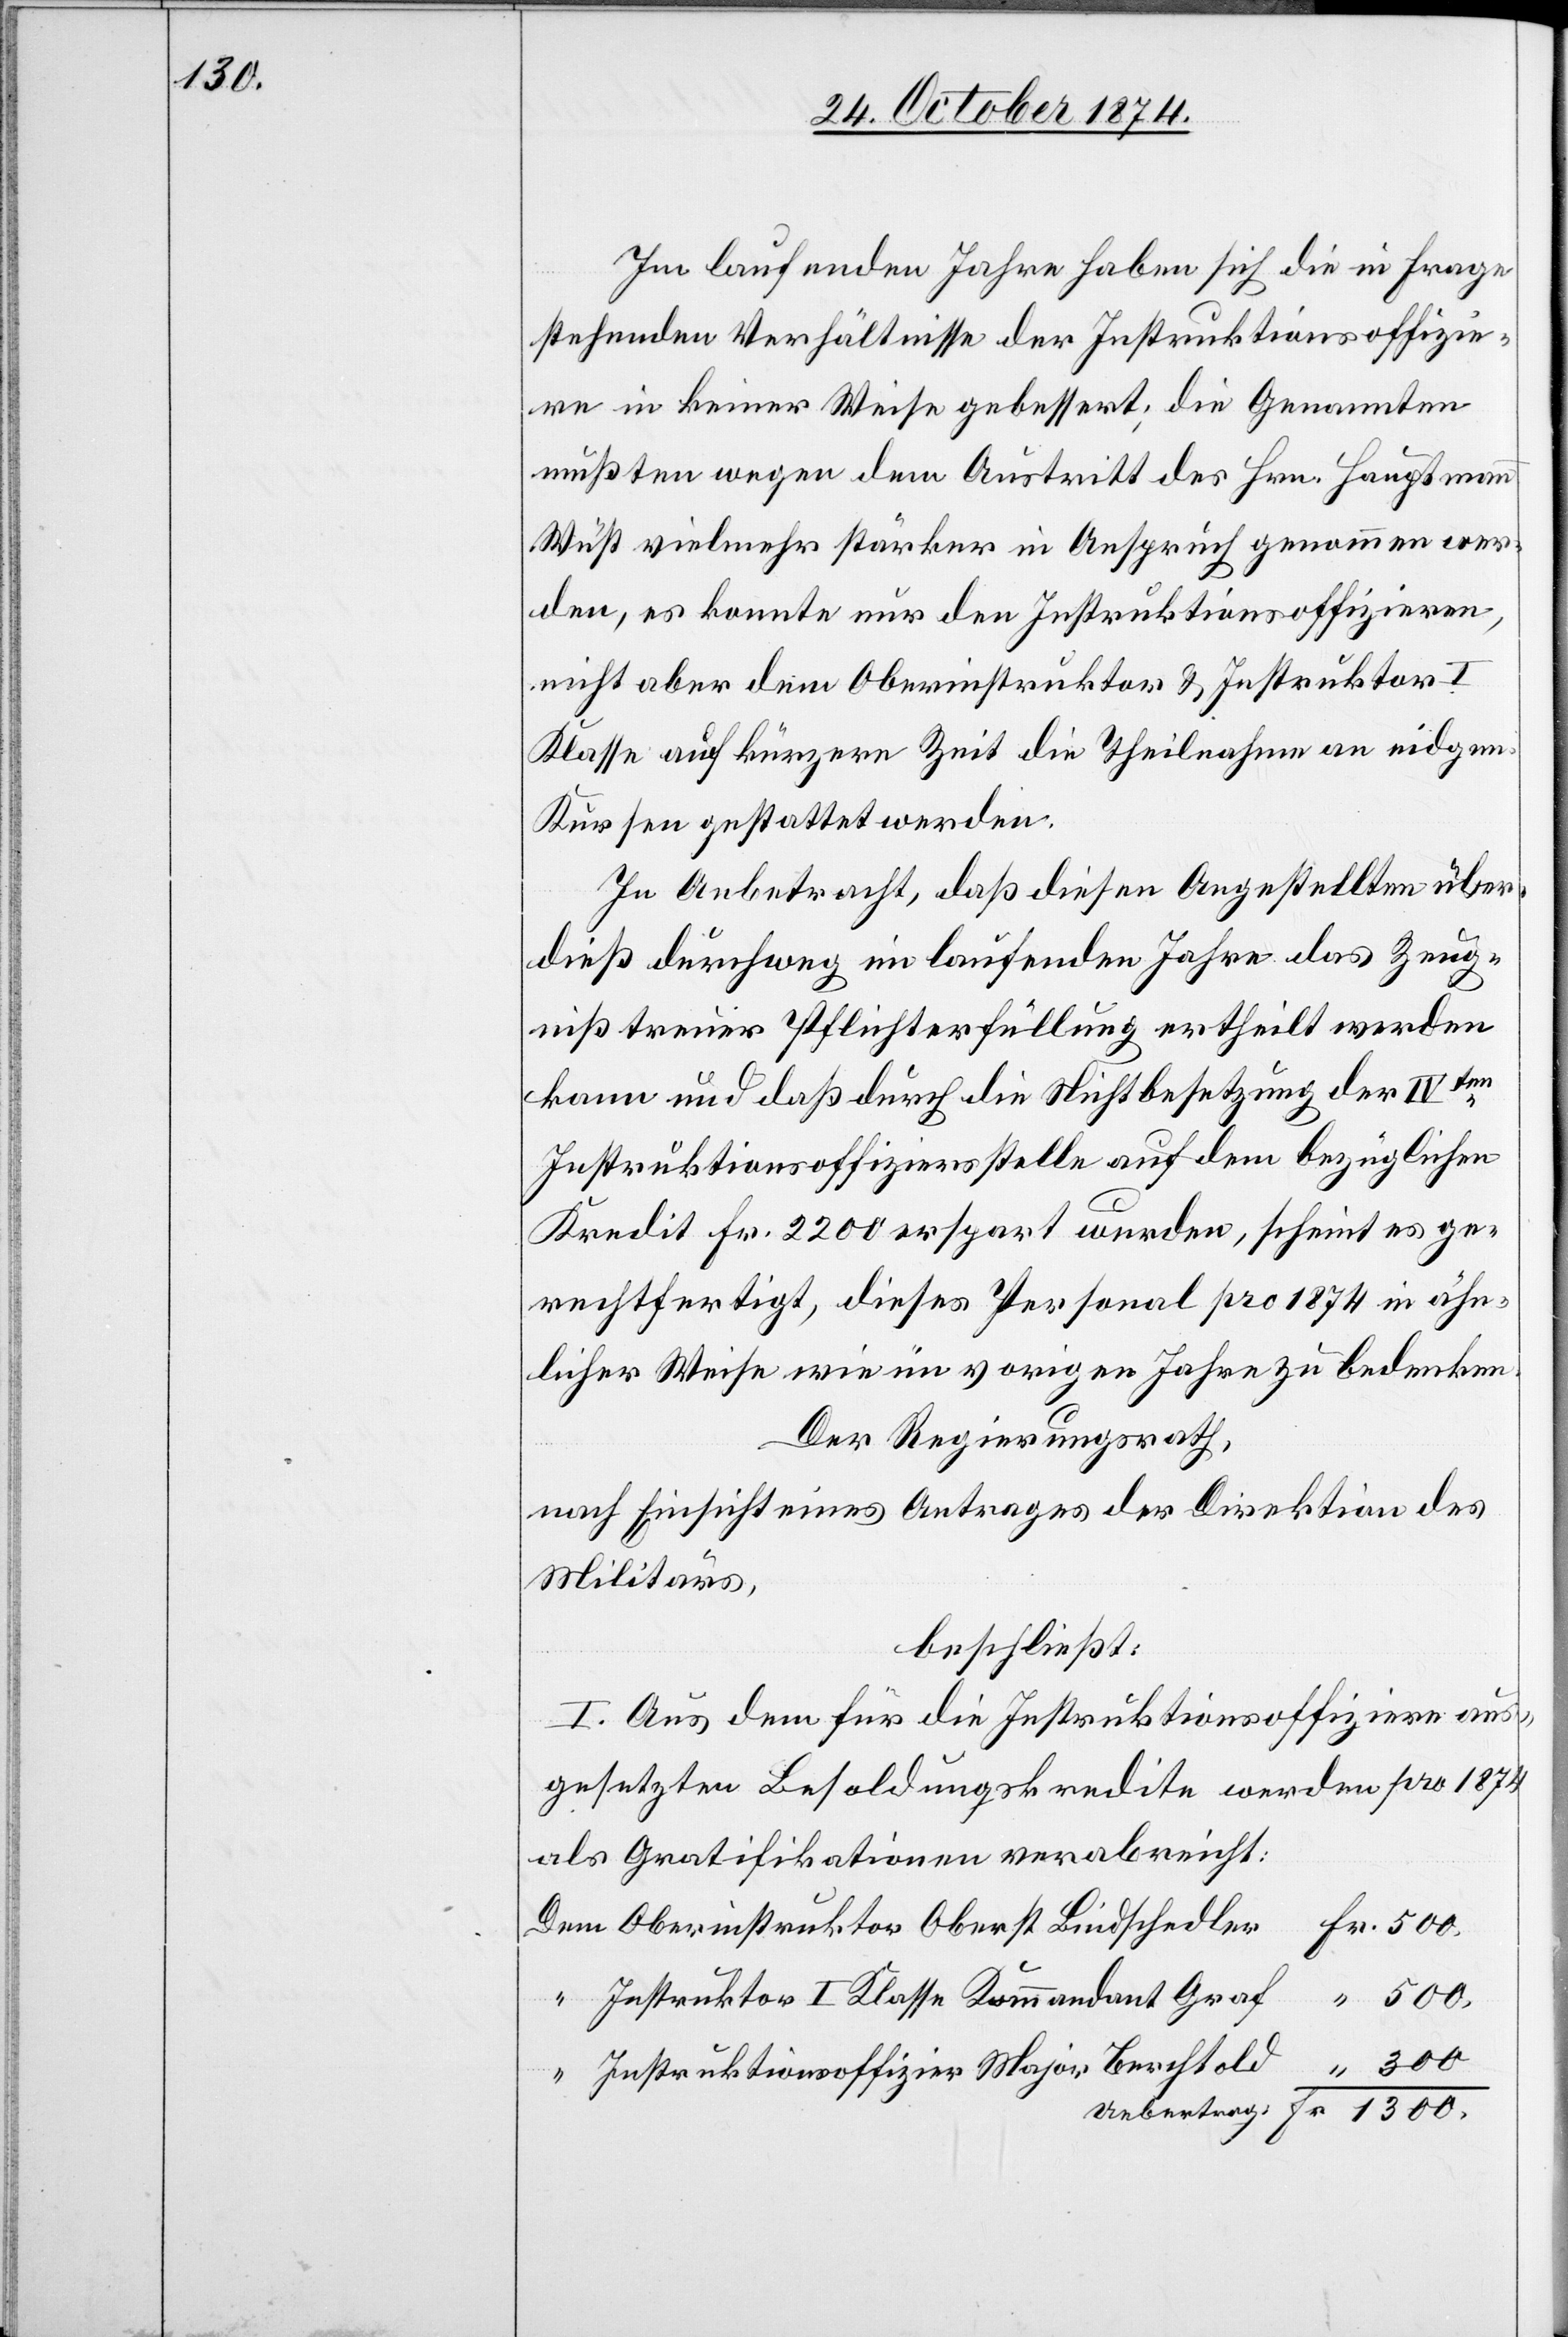
Im laufenden Jahre haben sich die in Frage
stehenden Verhältnisse der Instruktionsoffizie¬
re in keiner Weise gebessert; die Genannten
mußten wegen dem Austritt des Hrn. Hauptmann
Wüst vielmehr stärker in Anspruch genommen wer¬
den, es konnte nur den Instruktionsoffizieren,
nicht aber dem Oberinstruktor & Instruktor I.
Klasse auf kürzere Zeit die Theilnahme an eidgen.
Kürsen gestattet werden.
In Anbetracht, daß diesen Angestellten über¬
dieß durchweg im laufenden Jahre das Zeug¬
niß treuer Pflichterfüllung ertheilt werden
kann und daß durch die Nichtbesetzung der IVten
Instruktionsoffiziersstelle auf dem bezüglichen
Kredit Fr. 2200 erspart wurden, scheint es ge¬
rechtfertigt, dieses Personal pro 1874 in ähn¬
licher Weise wie im vorigen Jahre zu bedenken.
Der Regierungsrath,
nach Einsicht eines Antrages der Direktion des
Militärs,
beschließt:
I. Aus dem für die Instruktionsoffiziere aus¬
gesetzten Besoldungskredite werden pro 1874
als Gratifikationen verabreicht:
Instruktor I. Klasse Kommandant Graf
Instruktionsoffizier Major Berchtold